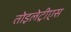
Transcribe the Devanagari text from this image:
तोइलेट्रीएस